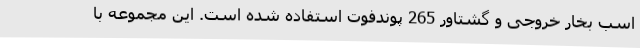
اسب بخار خروجی و گشتاور 265 پوندفوت استفاده شده است. این مجموعه با